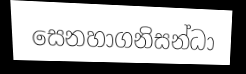
සෙනහාගනිසන්ධා